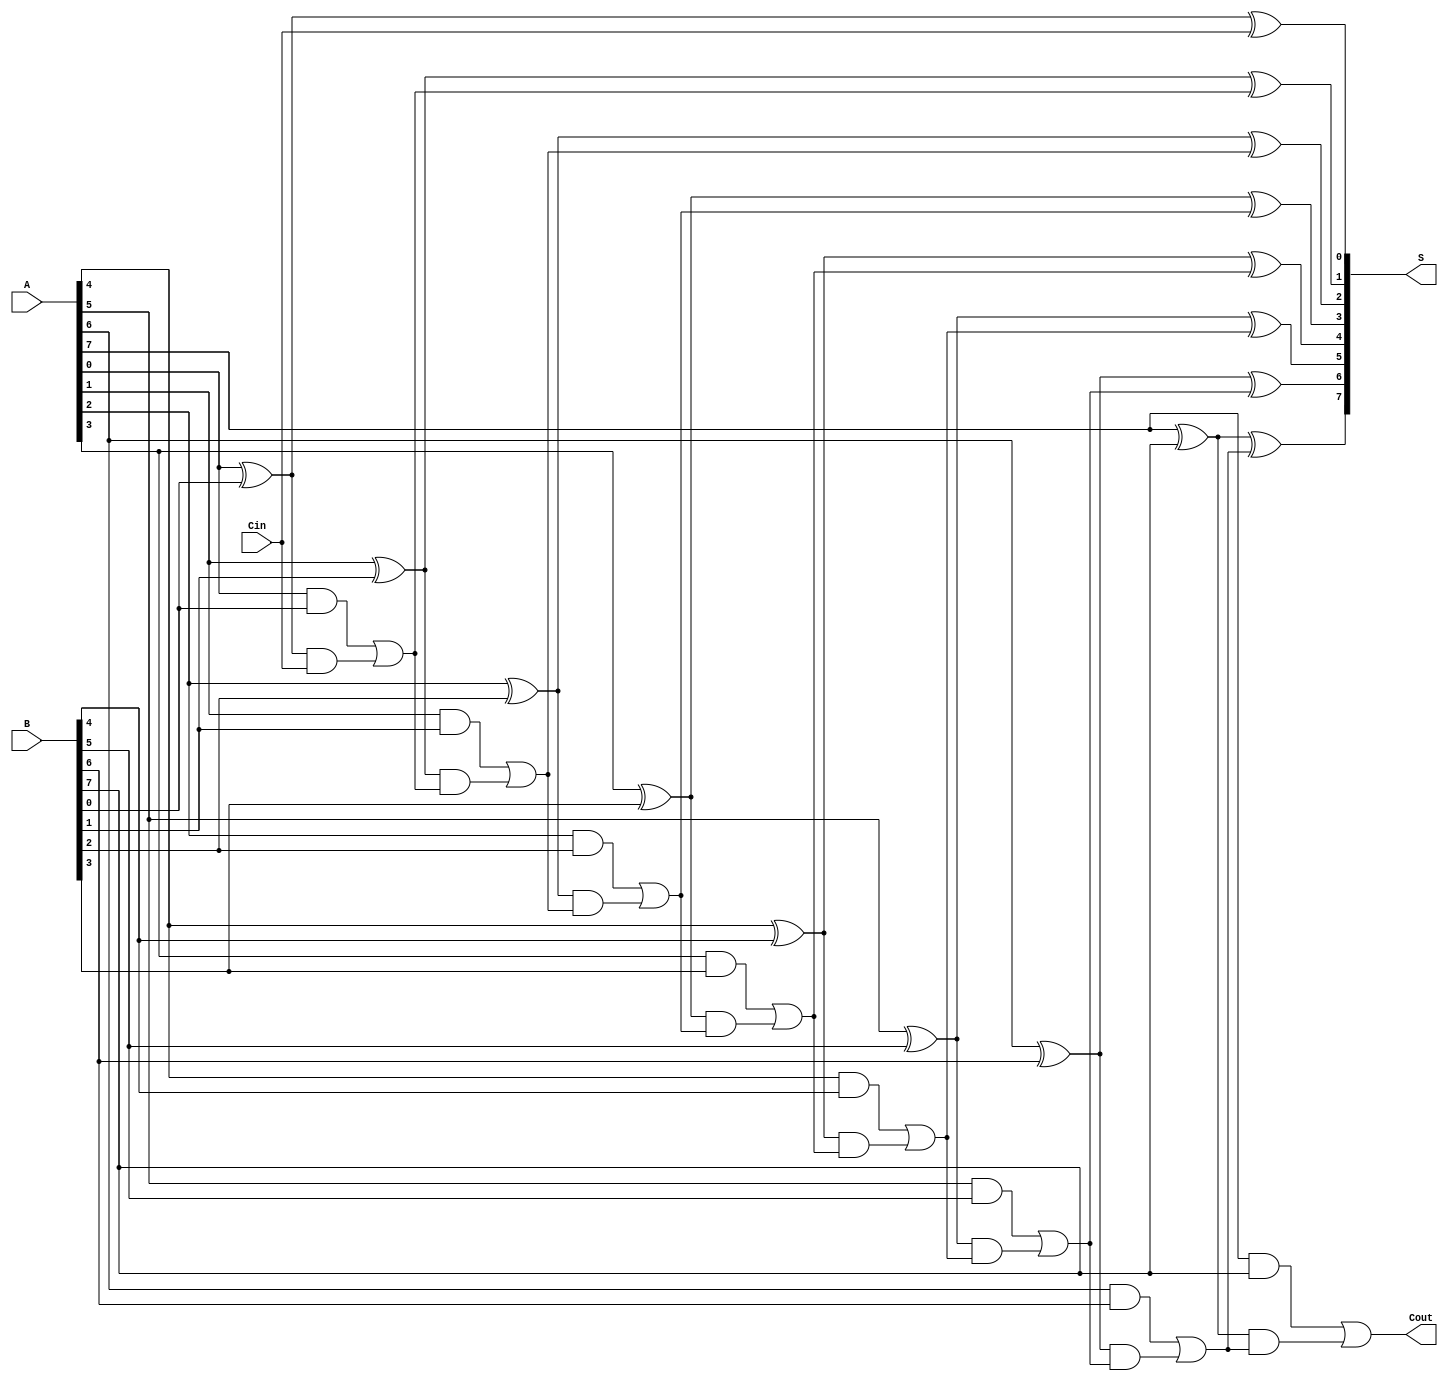
module SklanskyAdder #(parameter n = 8) (
    input [n-1:0] A,   // First input
    input [n-1:0] B,   // Second input
    input Cin,         // Carry-in
    output [n-1:0] S,  // Sum output
    output Cout        // Carry-out
);

    wire [n-1:0] G;    // Generate signals
    wire [n-1:0] P;    // Propagate signals
    wire [n:0] C;      // Carry signals (C[0] = Cin, C[n] = Cout)

    // Generate and Propagate signals
    genvar i;
    generate
        for (i = 0; i < n; i = i + 1) begin : gen_prop
            assign G[i] = A[i] & B[i]; // Generate
            assign P[i] = A[i] ^ B[i]; // Propagate
        end
    endgenerate

    // Carry signals calculation using Sklansky logic
    assign C[0] = Cin; // Initial carry-in
    generate
        for (i = 1; i < n; i = i + 1) begin : carry_gen
            assign C[i] = G[i-1] | (P[i-1] & C[i-1]);
        end
    endgenerate

    // Final carry-out
    assign Cout = G[n-1] | (P[n-1] & C[n-1]);

    // Sum calculation
    generate
        for (i = 0; i < n; i = i + 1) begin : sum_gen
            assign S[i] = P[i] ^ C[i]; // Sum
        end
    endgenerate

endmodule